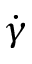
\dot { \gamma }